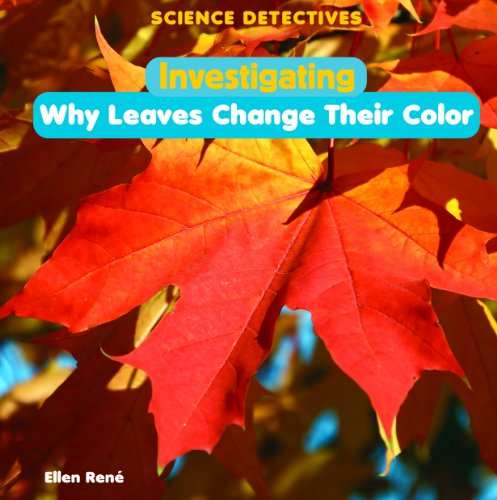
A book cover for Investigating Why Leaves Change Their Color (Science Detectives); Ellen Rene; Children's Books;